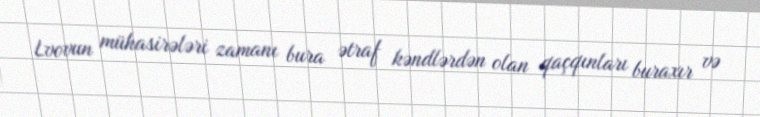
Lvovun mühasirələri zamanı bura ətraf kəndlərdən olan qaçqınları buraxır və